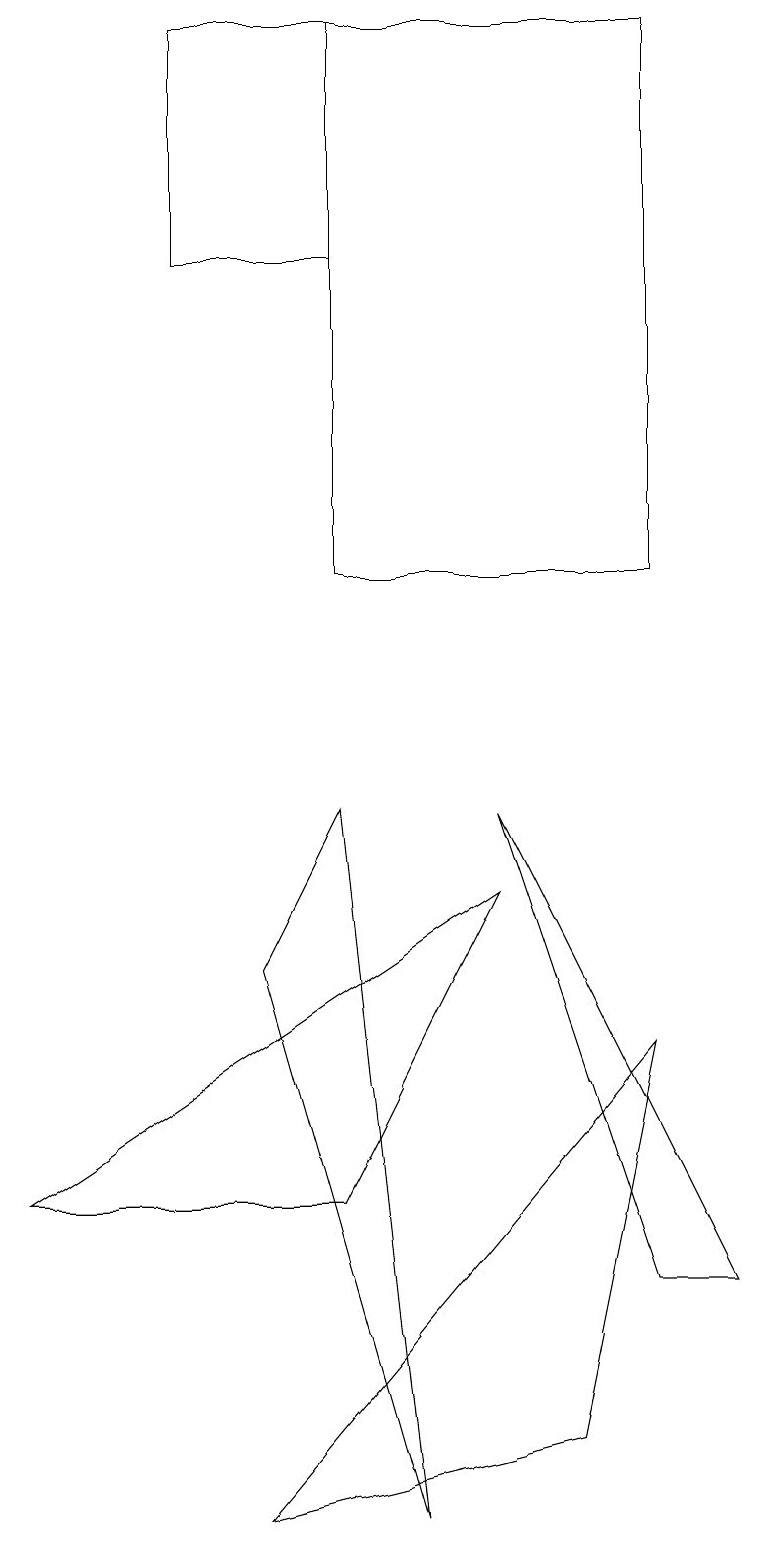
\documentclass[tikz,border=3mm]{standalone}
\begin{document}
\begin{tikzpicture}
\draw (4,4) -- (6,8) -- (0,4) -- cycle;
\draw (3,7) -- (4,9) -- (5,0) -- cycle;
\draw (8,6) -- (7,1) -- (3,0) -- cycle;
\draw (8,3) -- (6,9) -- (9,3) -- cycle;
\draw (8,19) rectangle (4,12);
\draw (2,16) rectangle (4,19);
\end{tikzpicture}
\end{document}